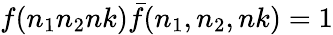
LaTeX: f(n_{1}n_{2}nk){\bar{f}}(n_{1},n_{2},nk)=1